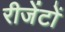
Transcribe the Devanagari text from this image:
रीजेंटों